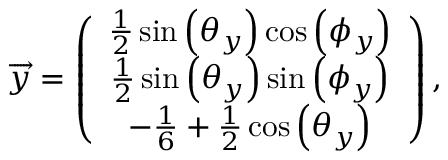
\begin{array} { r } { \overrightarrow { y } = \left( \begin{array} { c } { \frac { 1 } { 2 } \sin \left( \theta _ { y } \right) \cos \left( \phi _ { y } \right) } \\ { \frac { 1 } { 2 } \sin \left( \theta _ { y } \right) \sin \left( \phi _ { y } \right) } \\ { - \frac { 1 } { 6 } + \frac { 1 } { 2 } \cos \left( \theta _ { y } \right) } \end{array} \right) , } \end{array}